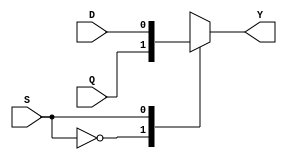
`timescale 1ns / 1ps
//////////////////////////////////////////////////////////////////////////////////
// Company: 
// Engineer: 
// 
// Design Name: 
// Module Name: MUX2X1
// Project Name: 
// Target Devices: 
// Tool Versions: 
// Description: 
// 
// Dependencies: 
// 
// Revision:
// Revision 0.01 - File Created
// Additional Comments:
// 
//////////////////////////////////////////////////////////////////////////////////


module MUX2X1(Q,D,S,Y);
input Q,D,S;
output Y;
function select;
       input Q,D;
       input S;
         case(S)
            1'b0:select=Q;
            1'b1:select=D;
         endcase
endfunction
assign Y=select(Q,D,S);
endmodule